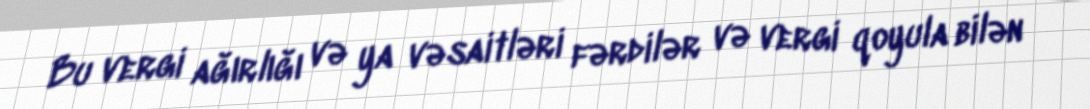
Bu vergi ağırlığı və ya vəsaitləri fərdilər və vergi qoyula bilən